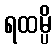
ရထမ္ပိ